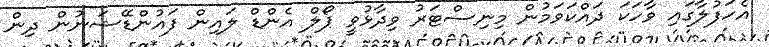
އެހަފުލާގައި ވާހަކަ ދައްކަވަމުން މިނިސްޓަރު ވިދާޅުވީ ޕޯލް އެންޑް ލައިން ފައުންޑޭޝަނުން ދިން